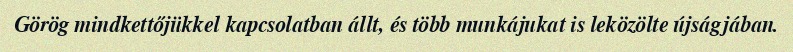
Görög mindkettőjükkel kapcsolatban állt, és több munkájukat is leközölte újságjában.